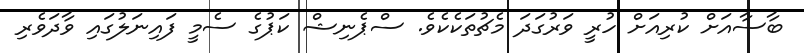
ބާސާއަށް ކުރިއަށް ހުރީ ވަރުގަދަ މެޗުތަކެކެވެ. ސްޕެނިޝް ކަޕުގެ ސެމީ ފައިނަލުގައި ވާދަވެރި